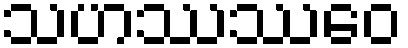
သဟဿဿေဝ